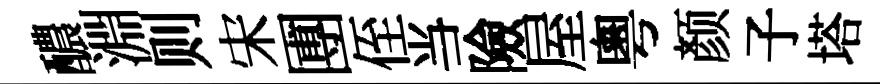
醲淵则宋圑侄当險屋粵颜子塔